Vaccination in Burma 1920-1933 - 1920-1933
Year: 1920
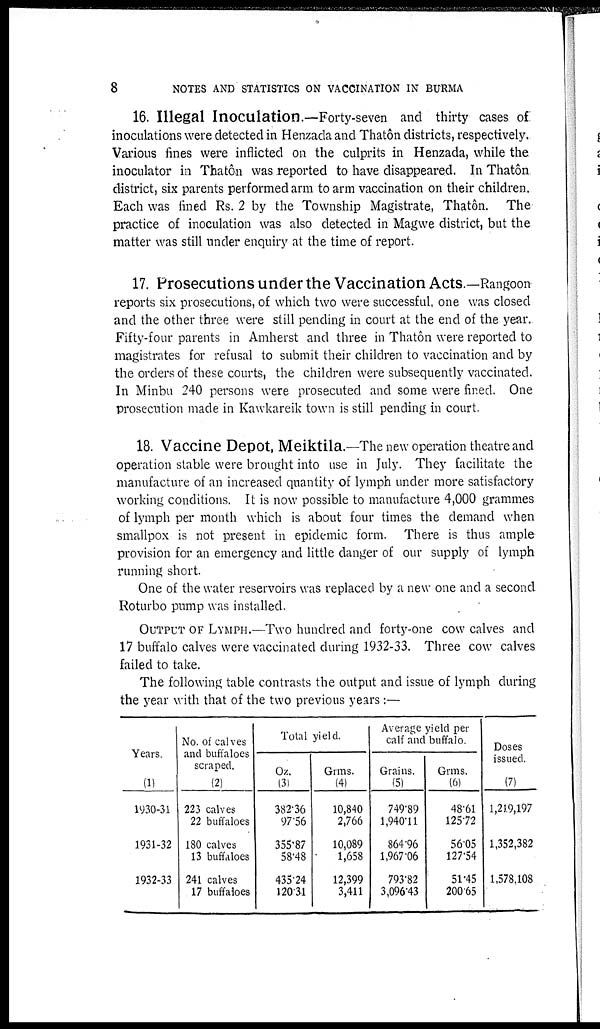
8
NOTES AND STATISTICS ON VACCINATION IN BURMA
16. Illegal Inoculation.—Forty-seven and thirty cases of
inoculations were detected in Henzada and Thatôn districts, respectively.
Various fines were inflicted on the culprits in Henzada, while the
inoculator in Thatôn was reported to have disappeared. In Thatôn
district, six parents performed arm to arm vaccination on their children.
Each was fined Rs. 2 by the Township Magistrate, Thatôn. The
practice of inoculation was also detected in Magwe district, but the
matter was still under enquiry at the time of report.
17. Prosecutions under the Vaccination Acts.—Rangoon
reports six prosecutions, of which two were successful, one was closed
and the other three were still pending in court at the end of the year.
Fifty-four parents in Amherst and three in Thatôn were reported to
magistrates for refusal to submit their children to vaccination and by
the orders of these courts, the children were subsequently vaccinated.
In Minbu 240 persons were prosecuted and some were fined. One
prosecution made in Kawkareik town is still pending in court.
18. Vaccine Depot, Meiktila.—The new operation theatre and
operation stable were brought into use in July. They facilitate the
manufacture of an increased quantity of lymph under more satisfactory
working conditions. It is now possible to manufacture 4,000 grammes
of lymph per month which is about four times the demand when
smallpox is not present in epidemic form. There is thus ample
provision for an emergency and little danger of our supply of lymph
running short.
One of the water reservoirs was replaced by a new one and a second
Roturbo pump was installed.
OUTPUT OF LYMPH.—Two hundred and forty-one cow calves and
17 buffalo calves were vaccinated during 1932-33. Three cow calves
failed to take.
The following table contrasts the output and issue of lymph during
the year with that of the two previous years:—
Years.
(1)
1930-31
1931-32
1932-33
No. of calves
and buffaloes
scraped.
(2)
223 calves
22 buffaloes
180 calves
13 buffaloes
241 calves
17 buffaloes
Total yield.
Oz.
(3)
382.36
97.56
355.87
58.48
435.24
120.31
Grms.
(4)
10,840
2,766
10,089
1,658
12,399
3,411
Average yield per
calf and buffalo.
Grains.
(5)
749.89
1,940.11
86496
1,967.06
793.82
3,096.43
Grms.
(6)
48.61
125.72
56.05
127.54
51.45
200.65
Doses
issued.
(7)
1,219,197
1,352,382
1,578,108